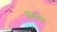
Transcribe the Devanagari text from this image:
ब्रवाम